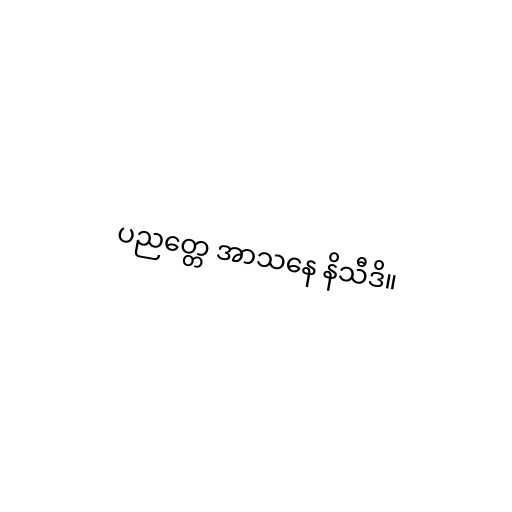
ပညတ္တေ အာသနေ နိသီဒိ။